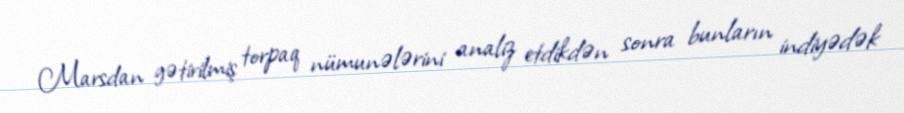
Marsdan gətirilmiş torpaq nümunələrini analiz etdikdən sonra bunların indiyədək